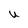
Character: U